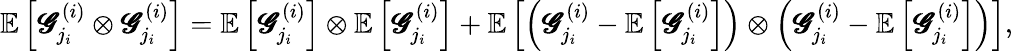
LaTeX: \mathbb{E}\left[\pmb{\mathscr{G}}_{j_{i}}^{(i)}\otimes\pmb{\mathscr{G}}_{j_{i}}^{(i)}\right]=\mathbb{E}\left[\pmb{\mathscr{G}}_{j_{i}}^{(i)}\right]\otimes\mathbb{E}\left[\pmb{\mathscr{G}}_{j_{i}}^{(i)}\right]+\mathbb{E}\left[\left(\pmb{\mathscr{G}}_{j_{i}}^{(i)}-\mathbb{E}\left[\pmb{\mathscr{G}}_{j_{i}}^{(i)}\right]\right)\otimes\left(\pmb{\mathscr{G}}_{j_{i}}^{(i)}-\mathbb{E}\left[\pmb{\mathscr{G}}_{j_{i}}^{(i)}\right]\right)\right],